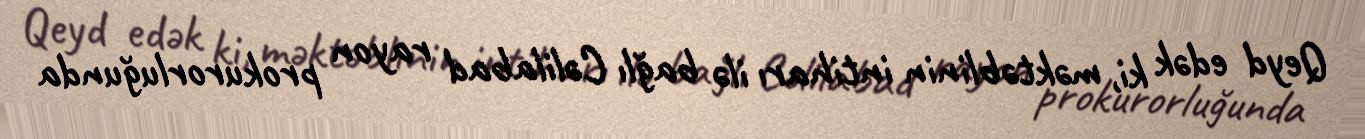
Qeyd edək ki, məktəblinin intiharı ilə bağlı Cəlilabad rayon prokurorluğunda